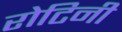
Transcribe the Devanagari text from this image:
रोटिनी